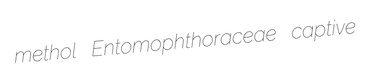
methol Entomophthoraceae captive